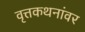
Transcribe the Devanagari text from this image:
वृत्तकथनांवर